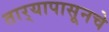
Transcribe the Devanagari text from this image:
तार्‍यापासूनचे